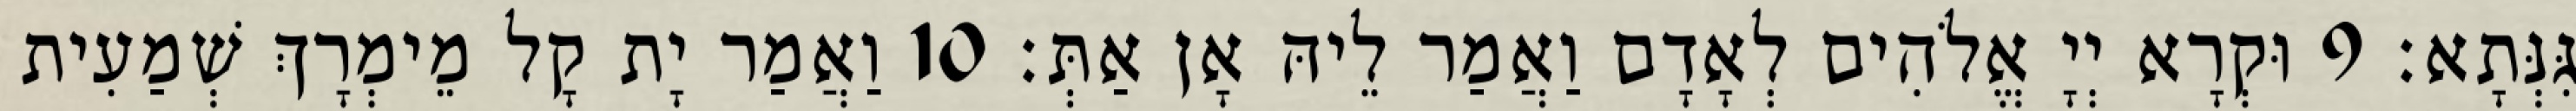
גִּנְּתָא׃ 9 וּקְרָא יְיָ אֱלֹהִים לְאָדָם וַאֲמַר לֵיהּ אָן אַתְּ׃ 10 וַאֲמַר יָת קָל מֵימְרָךְ שְׁמַעִית